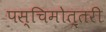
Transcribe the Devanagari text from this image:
पस्चिमोत्तरी